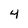
Character: 4